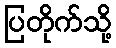
ပြတိုက်သို့